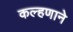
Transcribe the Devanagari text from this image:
कल्हणाने